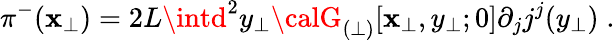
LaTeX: \pi^{-}(\mathbf{x}_{\perp})=2L\intd^{2}y_{\perp}{\calG}_{(\perp)}[\mathbf{x}_{\perp},y_{\perp};0]\partial_{j}j^{j}(y_{\perp})\; .